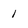
Character: 1